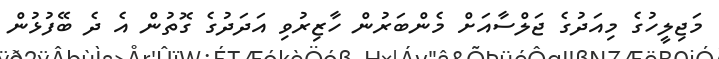
މަޖިލީހުގެ މިއަދުގެ ޖަލްސާއަށް މެންބަރުން ހާޒިރުވި އަދަދުގެ ގޮތުން އެ ދެ ބޭފުޅުން